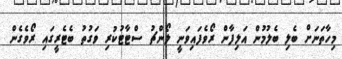
މިހާތަނަށް ބެލި ބެލުމުން އަލިފާން ރޯވެފައިވަނީ ލޯންޗު ސްޓާޓުކުރި ވަގުތު ބެޓެރީގައި ރޯވެގެން